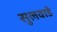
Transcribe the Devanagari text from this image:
सुलवाडे